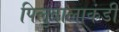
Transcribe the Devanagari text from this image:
पिलुवालाकंडी